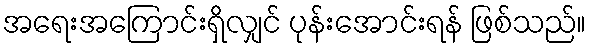
အရေးအကြောင်းရှိလျှင် ပုန်းအောင်းရန် ဖြစ်သည်။